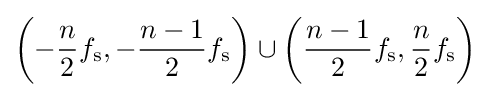
\left(-{\frac {n}{2}}f_{\mathrm {s} },-{\frac {n-1}{2}}f_{\mathrm {s} }\right)\cup \left({\frac {n-1}{2}}f_{\mathrm {s} },{\frac {n}{2}}f_{\mathrm {s} }\right)